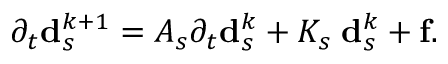
\partial _ { t } \mathbf { d } _ { s } ^ { k + 1 } = A _ { s } \partial _ { t } \mathbf { d } _ { s } ^ { k } + K _ { s } \; \mathbf { d } _ { s } ^ { k } + \mathbf { f } .